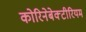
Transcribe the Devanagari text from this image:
कोरिनेबेक्टीरियम